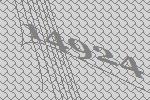
14924